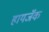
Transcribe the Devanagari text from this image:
हायजॅक